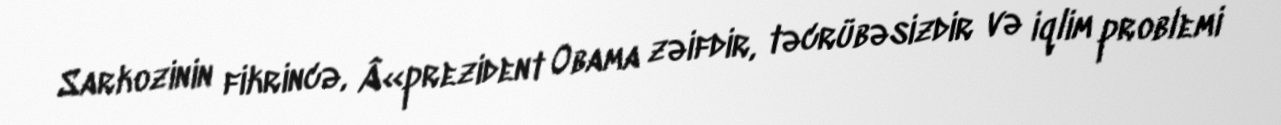
Sarkozinin fikrincə, Â«prezident Obama zəifdir, təcrübəsizdir və iqlim problemi